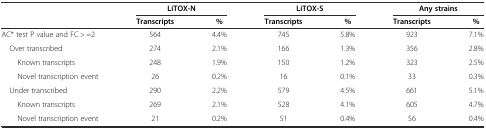
|  | <COLSPAN=2> LiTOX-N | <COLSPAN=2> LiTOX-S | <COLSPAN=2> Any strains |
 |  | Transcripts | % | Transcripts | % | Transcripts | % |
 | --- | --- | --- | --- | --- | --- | --- |
 | AC* test P value and FC > =2 | 564 | 4.4% | 745 | 5.8% | 923 | 7.1% |
 | Over transcribed | 274 | 2.1% | 166 | 1.3% | 356 | 2.8% |
 | Known transcripts | 248 | 1.9% | 150 | 1.2% | 323 | 2.5% |
 | Novel transcription event | 26 | 0.2% | 16 | 0.1% | 33 | 0.3% |
 | Under transcribed | 290 | 2.2% | 579 | 4.5% | 661 | 5.1% |
 | Known transcripts | 269 | 2.1% | 528 | 4.1% | 605 | 4.7% |
 | Novel transcription event | 21 | 0.2% | 51 | 0.4% | 56 | 0.4% |